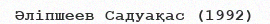
Әліпшеев Садуақас (1992)